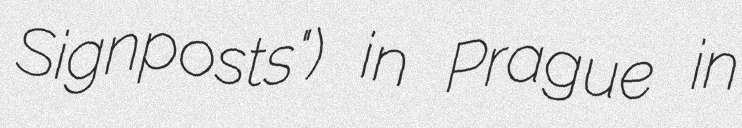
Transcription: Signposts") in Prague in